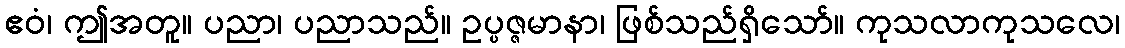
ဧဝံ၊ ဤအတူ။ ပညာ၊ ပညာသည်။ ဥပ္ပဇ္ဇမာနာ၊ ဖြစ်သည်ရှိသော်။ ကုသလာကုသလေ၊